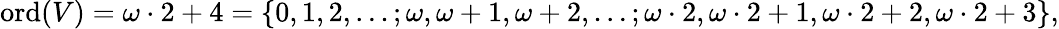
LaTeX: \operatorname{ord}(V)=\omega\cdot 2+4=\{ 0,1,2,\ldots;\omega,\omega+1,\omega+2,\ldots;\omega\cdot 2,\omega\cdot 2+1,\omega\cdot 2+2,\omega\cdot 2+3\} ,